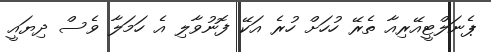
ޕެނަލްޓީއޭރިއާ ތެރޭ ހުހަށް ހުރެ އަކޭ ފޮނުވާލި އެ ހަމަލާ ވެސް ދިޔައީ